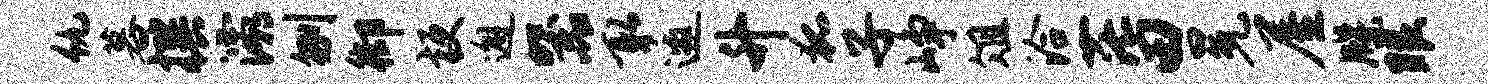
仇暮撰灞刎御梗邂器取邀升狐子峥俎洽茫田冕屋牒眼